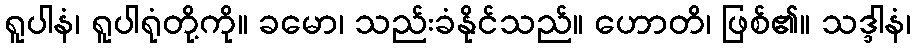
ရူပါနံ၊ ရူပါရုံတို့ကို။ ခမော၊ သည်းခံနိုင်သည်။ ဟောတိ၊ ဖြစ်၏။ သဒ္ဒါနံ၊